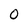
Character: O